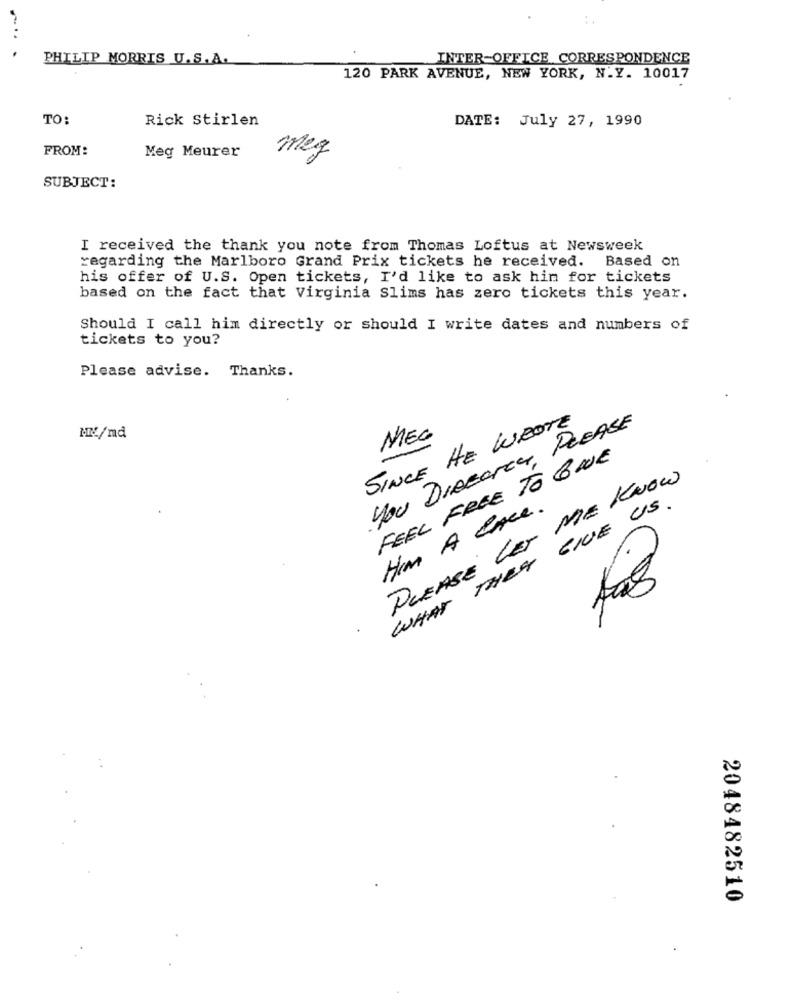
PHILIP MORRIS U.S.A.
INTER-OFFICE CORRESPONDENCE
120 PARK AVENUE, NEW YORK, N.Y. 10017
TO:
Rick Stirlen
DATE: July 27, 1990
FROM:
Meg Meurer
meg
SUBJECT:
I received the thank you note from Thomas Loftus at Newsweek
regarding the Marlboro Grand Prix tickets he received. Based on
his offer of U.S. Open tickets, I'd like to ask him for tickets
based on the fact that Virginia Slims has zero tickets this year.
Should I call him directly or should I write dates and numbers of
tickets to you?
Please advise. Thanks.
SINCE HE WROTE
You DIscarce, PLEASE
MEG
MIC/md
FEEL FREE TO 6 WE
PLEASE LET ME KNOW
WHAT THEY GIVE US.
Him A Pace.
2048482510